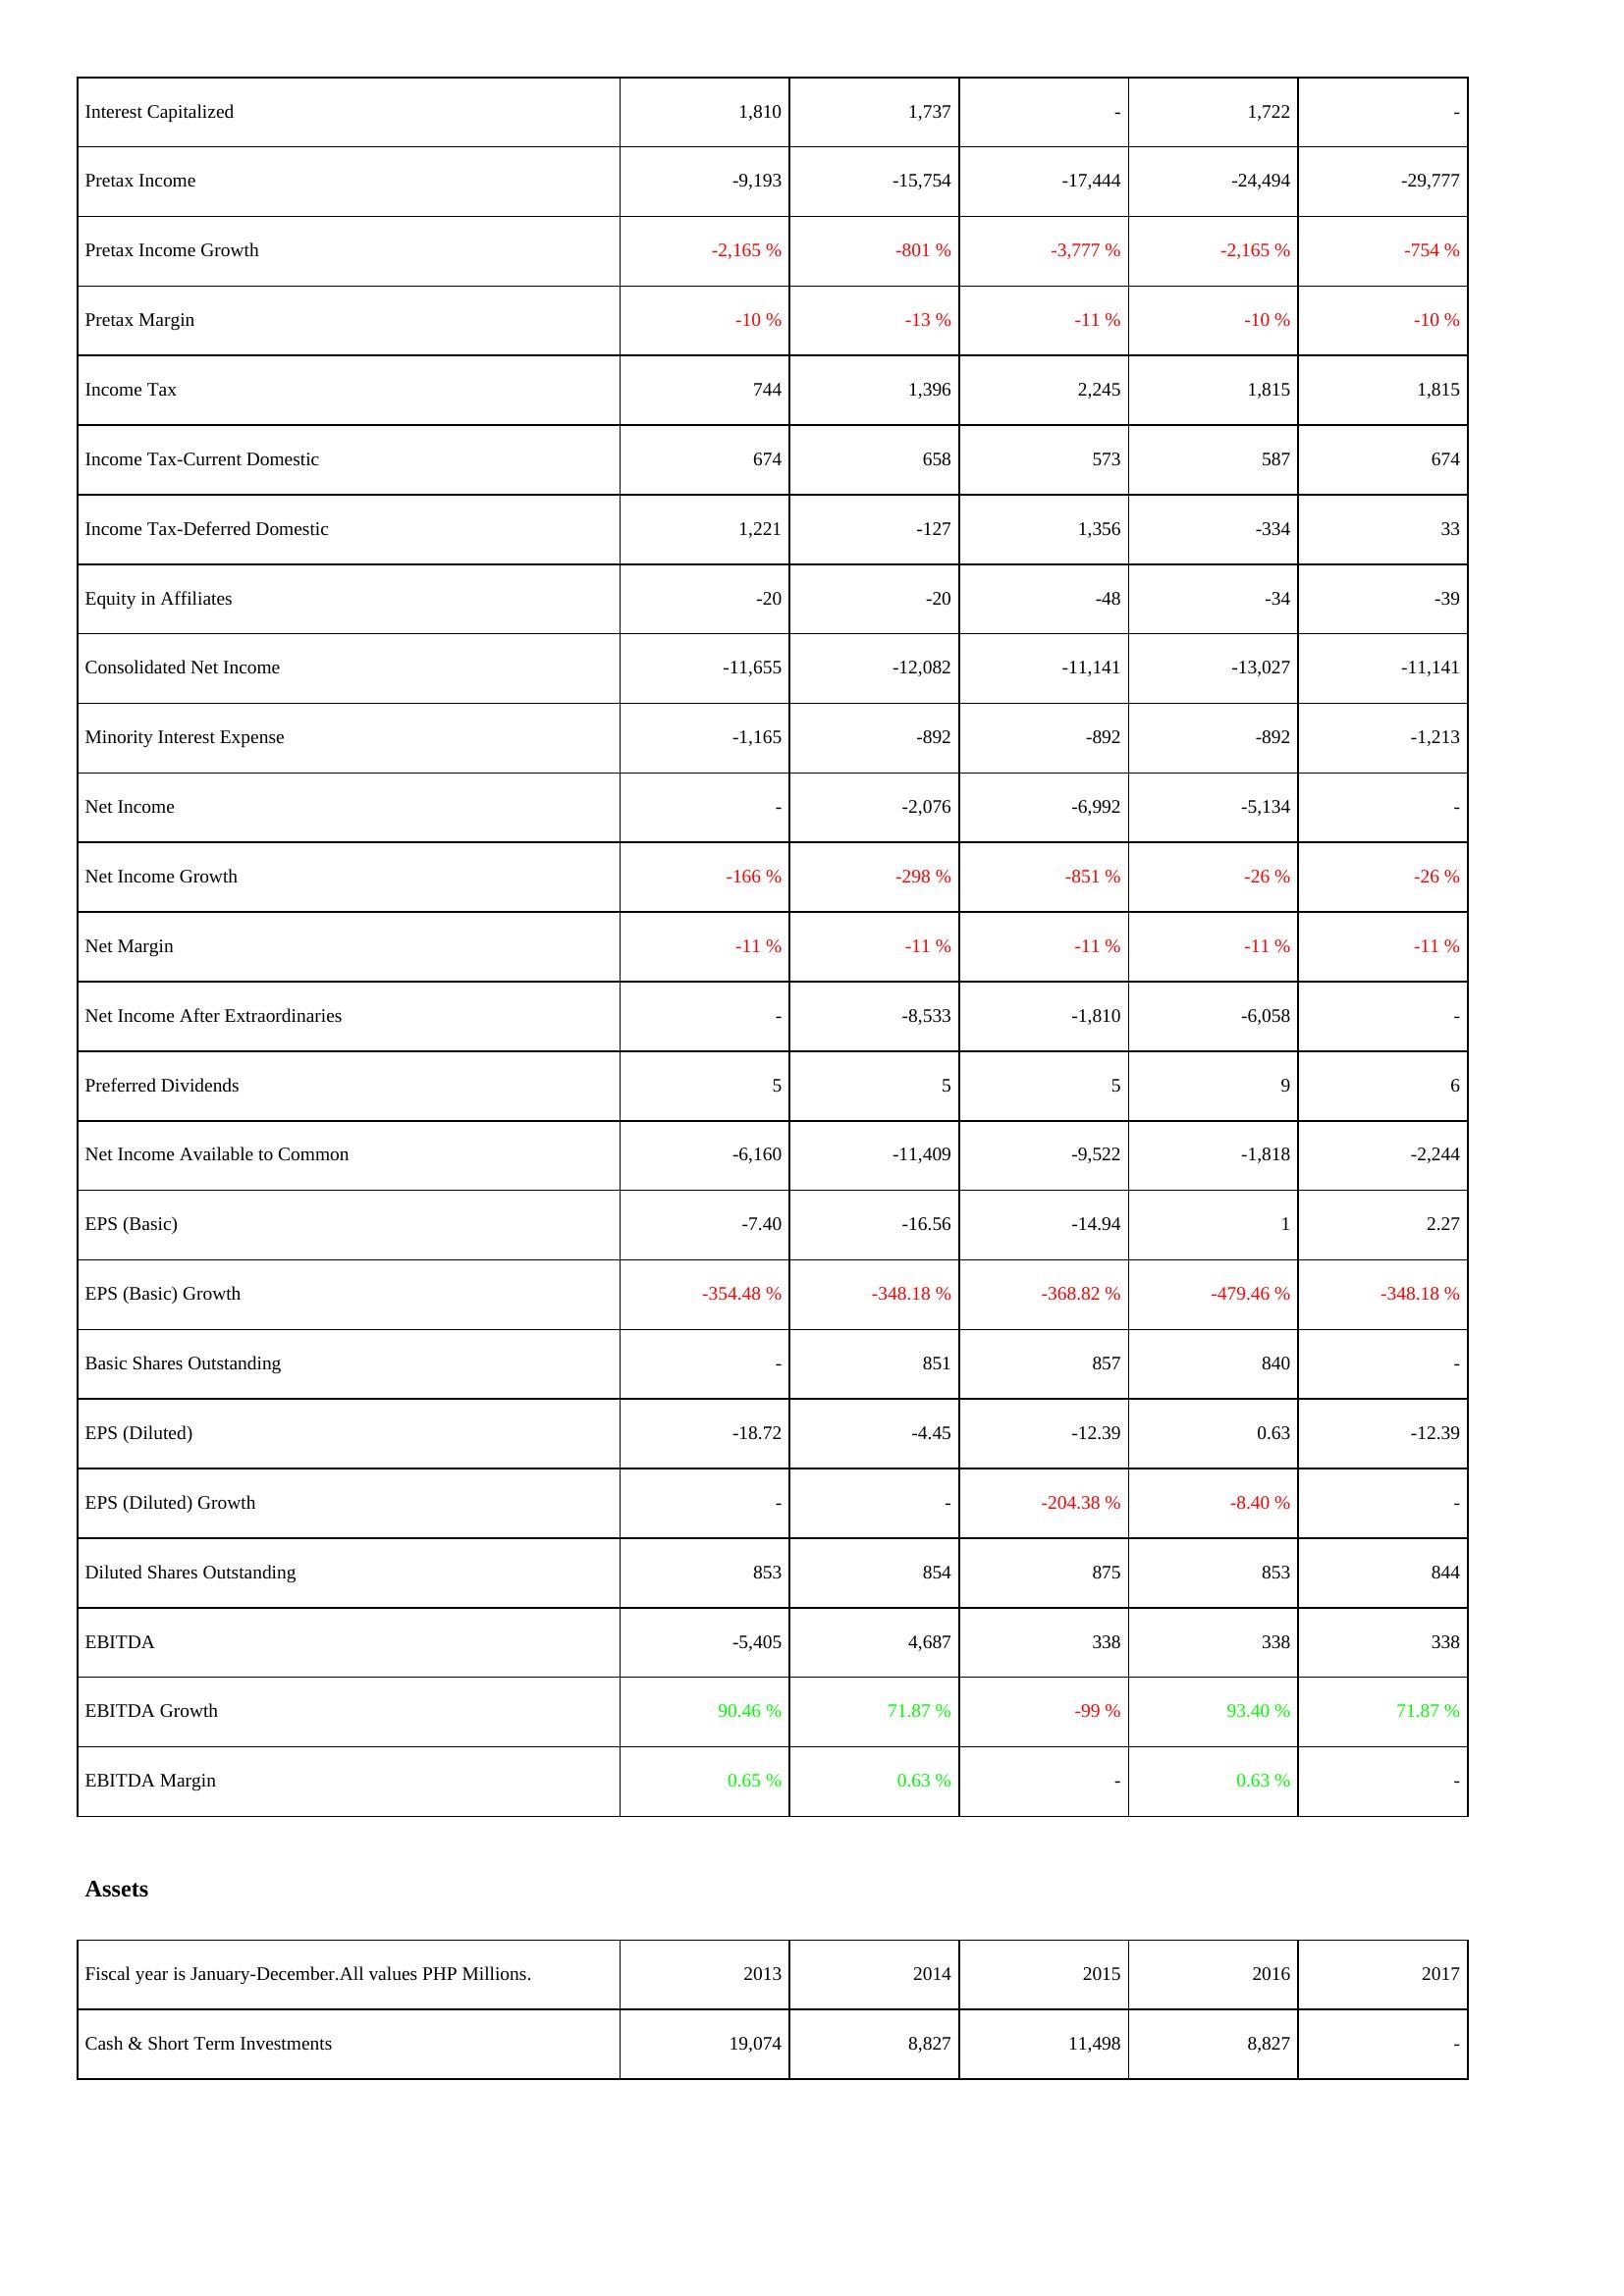
2013: Income Statement: Interest Capitalized: 1,810
Pretax Income: -9,193
Pretax Income Growth: -2,165 %
Pretax Margin: -10 %
Income Tax: 744
Income Tax-Current Domestic: 674
Income Tax-Deferred Domestic: 1,221
Equity in Affiliates: -20
Consolidated Net Income: -11,655
Minority Interest Expense: -1,165
Net Income: -
Net Income Growth: -166 %
Net Margin: -11 %
Net Income After Extraordinaries: -
Preferred Dividends: 5
Net Income Available to Common: -6,160
EPS (Basic): -7.40
EPS (Basic) Growth: -354.48 %
Basic Shares Outstanding: -
EPS (Diluted): -18.72
EPS (Diluted) Growth: -
Diluted Shares Outstanding: 853
EBITDA: -5,405
EBITDA Growth: 90.46 %
EBITDA Margin: 0.65 %
Assets: Cash & Short Term Investments: 19,074
2014: Income Statement: Interest Capitalized: 1,737
Pretax Income: -15,754
Pretax Income Growth: -801 %
Pretax Margin: -13 %
Income Tax: 1,396
Income Tax-Current Domestic: 658
Income Tax-Deferred Domestic: -127
Equity in Affiliates: -20
Consolidated Net Income: -12,082
Minority Interest Expense: -892
Net Income: -2,076
Net Income Growth: -298 %
Net Margin: -11 %
Net Income After Extraordinaries: -8,533
Preferred Dividends: 5
Net Income Available to Common: -11,409
EPS (Basic): -16.56
EPS (Basic) Growth: -348.18 %
Basic Shares Outstanding: 851
EPS (Diluted): -4.45
EPS (Diluted) Growth: -
Diluted Shares Outstanding: 854
EBITDA: 4,687
EBITDA Growth: 71.87 %
EBITDA Margin: 0.63 %
Assets: Cash & Short Term Investments: 8,827
2015: Income Statement: Interest Capitalized: -
Pretax Income: -17,444
Pretax Income Growth: -3,777 %
Pretax Margin: -11 %
Income Tax: 2,245
Income Tax-Current Domestic: 573
Income Tax-Deferred Domestic: 1,356
Equity in Affiliates: -48
Consolidated Net Income: -11,141
Minority Interest Expense: -892
Net Income: -6,992
Net Income Growth: -851 %
Net Margin: -11 %
Net Income After Extraordinaries: -1,810
Preferred Dividends: 5
Net Income Available to Common: -9,522
EPS (Basic): -14.94
EPS (Basic) Growth: -368.82 %
Basic Shares Outstanding: 857
EPS (Diluted): -12.39
EPS (Diluted) Growth: -204.38 %
Diluted Shares Outstanding: 875
EBITDA: 338
EBITDA Growth: -99 %
EBITDA Margin: -
Assets: Cash & Short Term Investments: 11,498
2016: Income Statement: Interest Capitalized: 1,722
Pretax Income: -24,494
Pretax Income Growth: -2,165 %
Pretax Margin: -10 %
Income Tax: 1,815
Income Tax-Current Domestic: 587
Income Tax-Deferred Domestic: -334
Equity in Affiliates: -34
Consolidated Net Income: -13,027
Minority Interest Expense: -892
Net Income: -5,134
Net Income Growth: -26 %
Net Margin: -11 %
Net Income After Extraordinaries: -6,058
Preferred Dividends: 9
Net Income Available to Common: -1,818
EPS (Basic): 1
EPS (Basic) Growth: -479.46 %
Basic Shares Outstanding: 840
EPS (Diluted): 0.63
EPS (Diluted) Growth: -8.40 %
Diluted Shares Outstanding: 853
EBITDA: 338
EBITDA Growth: 93.40 %
EBITDA Margin: 0.63 %
Assets: Cash & Short Term Investments: 8,827
2017: Income Statement: Interest Capitalized: -
Pretax Income: -29,777
Pretax Income Growth: -754 %
Pretax Margin: -10 %
Income Tax: 1,815
Income Tax-Current Domestic: 674
Income Tax-Deferred Domestic: 33
Equity in Affiliates: -39
Consolidated Net Income: -11,141
Minority Interest Expense: -1,213
Net Income: -
Net Income Growth: -26 %
Net Margin: -11 %
Net Income After Extraordinaries: -
Preferred Dividends: 6
Net Income Available to Common: -2,244
EPS (Basic): 2.27
EPS (Basic) Growth: -348.18 %
Basic Shares Outstanding: -
EPS (Diluted): -12.39
EPS (Diluted) Growth: -
Diluted Shares Outstanding: 844
EBITDA: 338
EBITDA Growth: 71.87 %
EBITDA Margin: -
Assets: Cash & Short Term Investments: -